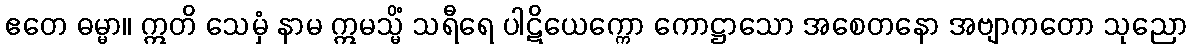
ဧတေ ဓမ္မာ။ ဣတိ သေမှံ နာမ ဣမသ္မိံ သရီရေ ပါဋိယေက္ကော ကောဋ္ဌာသော အစေတနော အဗျာကတော သုညော